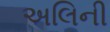
અલિની